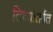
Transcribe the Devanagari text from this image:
तिच्यांतर्गत